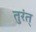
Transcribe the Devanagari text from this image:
तुरंत्